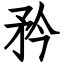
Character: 矜